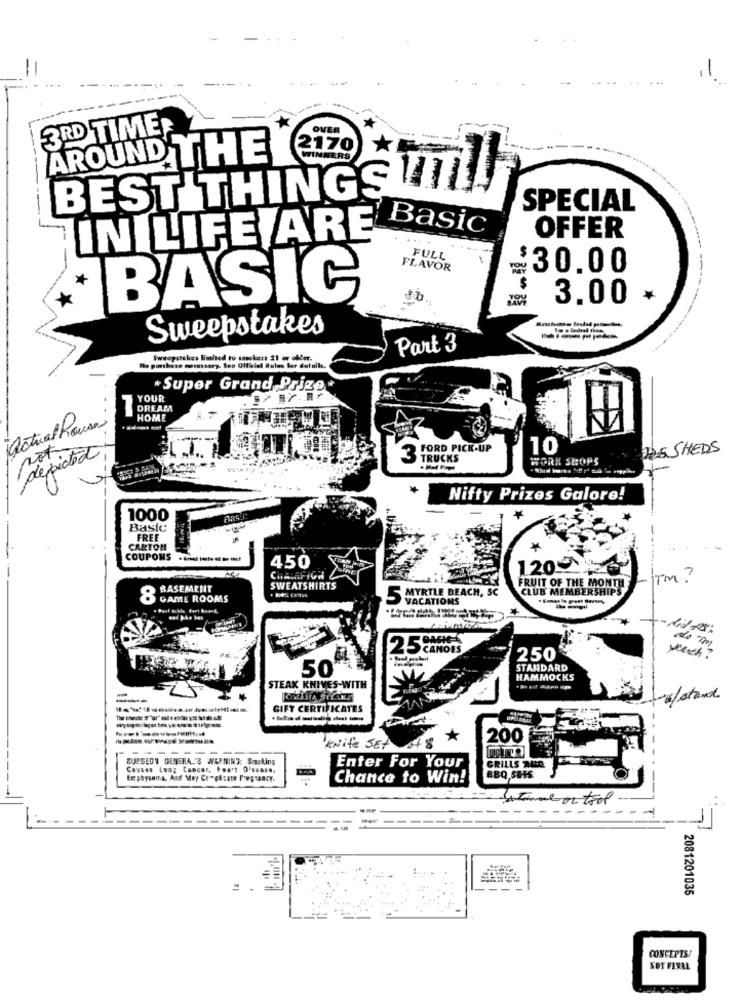
,1
3RD TIME
*
OVER
2170
AROUND THE
WINNERS
BEST THINGS
SPECIAL
Basic
IN LIFE ARE
OFFER
FULL
FLAVOR
$30.00
BASIC
3.00
*
Sweepstakes
Part 3
patelces limited to smokers 21 or older,
mcassary. Ses Officiel Rules for details.
Super Grand Prize
YOUR
DREAM
HOME
actual houses
FORD PICK-UP
10
225 SHEDS
depicted
Not
3
TRUCKS
WORK SHOPS
Nifty Prizes Galore!
1000
BRS.C
Basic
FREE
CARTON
COUPONS --------
450
1209
FRUIT OF THE MONTH
TM ?
BASEMENT
SWEATSHIRTS
CLUB MEMBERSHIPS
8
GAME ROOMS
5 MYRTLE BEACH, SC
VACATIONS
2.5 96
CANOES
250
weach ?
50
STANDARD
HAMMOCKS
STEAK KNIVES-WITH
25
-afstand
GIFT CERTIFICATES
200
---------
Knife SEt
SURGEON GENERAL'S WARNING: Smoking
Causes Lung Cancer, Foa't 0's66.9.
Enter For Your
GRILLS AHAR
Emphysema, And May Comeicate Pregnancy.
Chance to Win!
BBQ,SOS
Were or tool
2081201035
CONCEPTS!
NOT FINAL